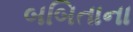
બબિતાના